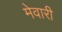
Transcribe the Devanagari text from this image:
मेवारी